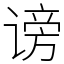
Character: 谤